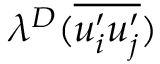
\lambda ^ { D } ( \overline { { u _ { i } ^ { \prime } u _ { j } ^ { \prime } } } )